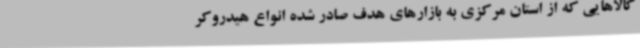
کالاهایی که از استان مرکزی به بازارهای هدف صادر شده انواع هیدروکر